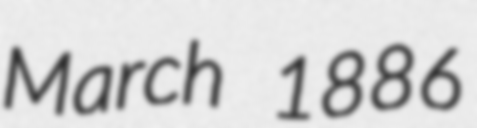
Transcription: March 1886